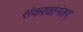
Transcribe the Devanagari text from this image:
शंकरवांनंतर